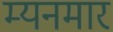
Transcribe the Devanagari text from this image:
म्यनमार